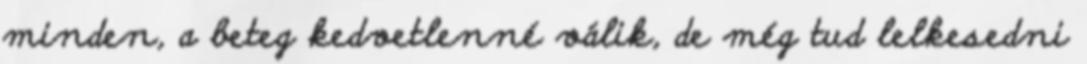
minden, a beteg kedvetlenné válik, de még tud lelkesedni